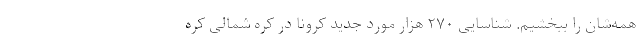
همه‌شان را ببخشیم. شناسایی ۲۷۰ هزار مورد جدید کرونا در کره شمالی کره